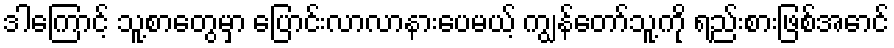
ဒါကြောင့် သူ့စာတွေမှာ ပြောင်းလာလာနားပေမယ့် ကျွန်တော်သူ့ကို ရည်းစားဖြစ်အောင်